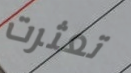
تعثرت